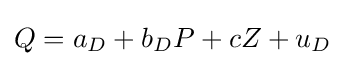
Q=a_{D}+b_{D}P+cZ+u_{D}